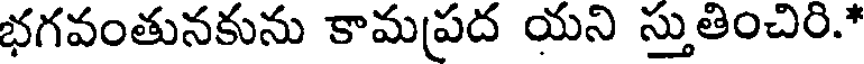
భగవంతునకును కామప్రద యని స్తుతించిరి.*